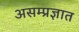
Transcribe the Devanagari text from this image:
असम्प्रज्ञात